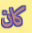
كان